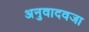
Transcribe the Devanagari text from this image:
अनुवादवजा